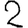
Digit: 2